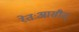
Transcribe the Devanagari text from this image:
रेतःआसीत्